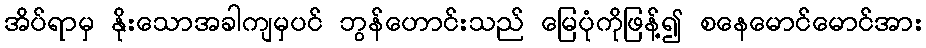
အိပ်ရာမှ နိုးသောအခါကျမှပင် ဘွန်ဟောင်းသည် မြေပုံကိုဖြန့်၍ စနေမောင်မောင်အား